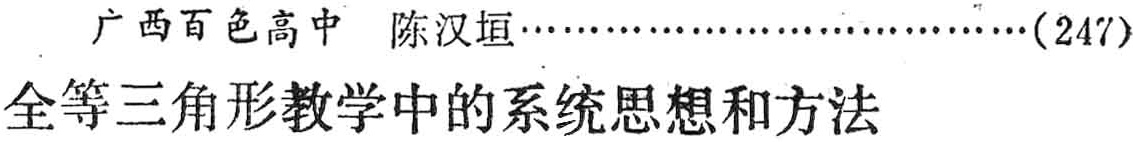
广西百色高中 陈汉垣……(247)\\

全等三角形教学中的系统思想和方法